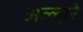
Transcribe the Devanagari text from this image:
अल्लुरे